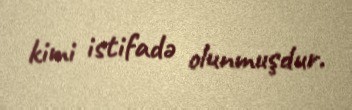
kimi istifadə olunmuşdur.